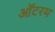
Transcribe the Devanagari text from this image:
ऑटरम